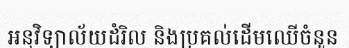
អនុវិទ្យាល័យដំរិល និងប្រគល់ដើមឈើចំនួន